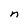
Character: n